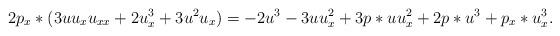
LaTeX: \begin{align*}2p_x*(3uu_xu_{xx}+2u_x^3+3u^2u_x)=-2u^3-3uu_x^2+3p*uu_x^2+2p*u^3+p_x*u_x^3.\end{align*}